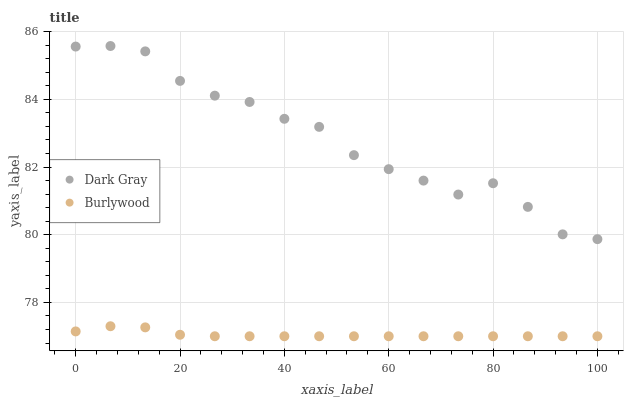
| xaxis_label | Dark Gray | Burlywood |
 | --- | --- | --- |
 | 0 | 85.6 | 77.1 |
 | 6.67 | 85.6 | 77.3 |
 | 13.3 | 85.4 | 77.3 |
 | 20 | 84.5 | 77 |
 | 26.7 | 84.1 | 77 |
 | 33.3 | 83.9 | 77 |
 | 40 | 83.4 | 77 |
 | 46.7 | 83.2 | 77 |
 | 53.3 | 82.4 | 77 |
 | 60 | 81.9 | 77 |
 | 66.7 | 81.6 | 77 |
 | 73.3 | 81.2 | 77 |
 | 80 | 81.5 | 77 |
 | 86.7 | 80.8 | 77 |
 | 93.3 | 80 | 77 |
 | 100 | 79.9 | 77 |